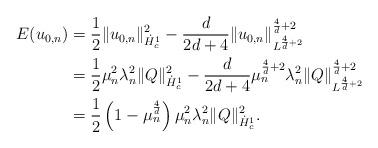
LaTeX: \begin{align*}E(u_{0,n}) &= \frac{1}{2} \|u_{0,n}\|^2_{\dot{H}^1_c} - \frac{d}{2d+4} \|u_{0,n}\|^{\frac{4}{d}+2}_{L^{\frac{4}{d}+2}} \\&= \frac{1}{2} \mu_n^2 \lambda^2_n \|Q\|^2_{\dot{H}^1_c} - \frac{d}{2d+4} \mu_n^{\frac{4}{d}+2} \lambda_n^2 \|Q\|^{\frac{4}{d}+2}_{L^{\frac{4}{d}+2}} \\&= \frac{1}{2} \left(1-\mu_n^{\frac{4}{d}}\right) \mu_n^2 \lambda_n^2 \|Q\|^2_{\dot{H}^1_c}.\end{align*}